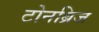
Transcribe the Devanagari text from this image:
टोनब्रिज